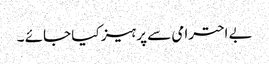
بے احترامی سے پرہیز کیا جائے ۔